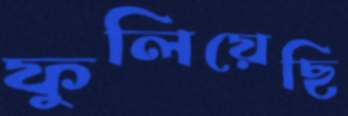
ফুলিয়েছি